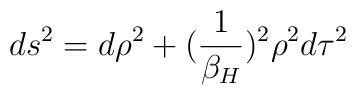
ds^2=d\rho^2+({1 \over \beta_H})^2\rho^2 d\tau^2